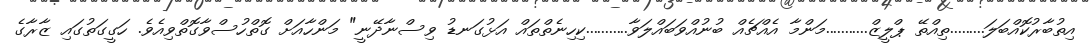
އިތުބާރުކޮއްބަލަ.........ތިއްތޭ ޕްލީޒް...........މަންމާ އެއްޗެއް ބުނުއްވަބައްލަވާ...........ކިހިނެތްތައް އަޅުގަނޑު ވިސްނާދޭނީ" މަންހާއަށް ގޮތްހުސްވާގޮތްވިއެވެ. ހަގީގަތުގައި ޒާރާގެ